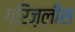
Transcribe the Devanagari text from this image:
ग्रिज़लीस